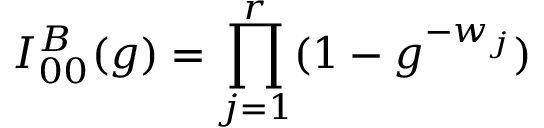
I _ { 0 0 } ^ { B } ( g ) = \prod _ { j = 1 } ^ { r } ( 1 - g ^ { - w _ { j } } )